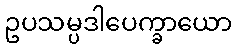
ဥပသမ္ပဒါပေက္ခာယော